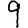
Digit: 9